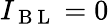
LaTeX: I_{\mathrm{~B~L~}}=0